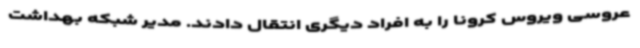
عروسی ویروس کرونا را به افراد دیگری انتقال دادند. مدیر شبکه بهداشت